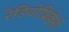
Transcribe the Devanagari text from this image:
रेडियोफ्रिक्वेंसी